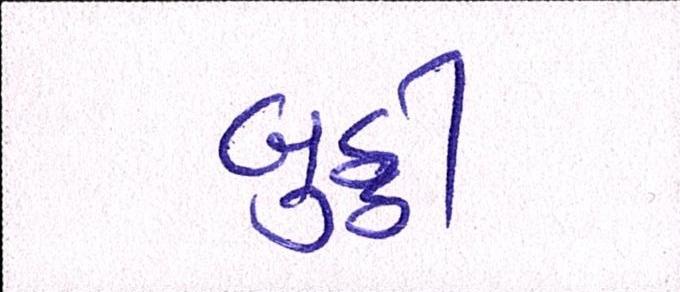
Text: બુઠ્ઠી